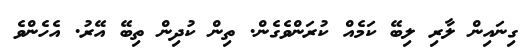
ގިނައިން ލާރި ލިބޭ ކަމެއް ކުރަންވެގެން. ތިން ކުދިން ތިބޭ އޭރު. އެހެންވެ